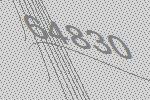
64830